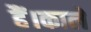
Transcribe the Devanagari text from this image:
हैं।काले